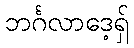
ဘင်္ဂလာဒေ့ရှ်